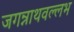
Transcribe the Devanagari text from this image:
जगन्नाथवल्लभ